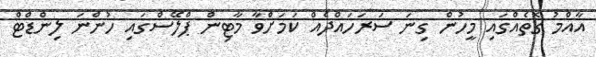
އާއްމު ގޮތެއްގައި މީހުން ގިނަ ސަރަހައްދެއް ކަމަށްވާ މާޓިން ޕްލޭސްގައި ހުންނަ ލިންޑްޓް